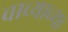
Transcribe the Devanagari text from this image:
वाच्याच्या